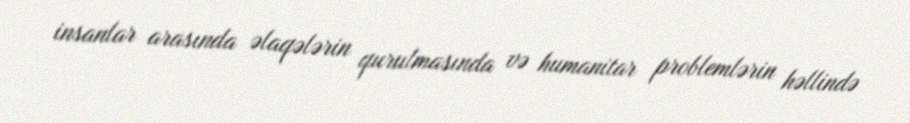
insanlar arasında əlaqələrin qurulmasında və humanitar problemlərin həllində